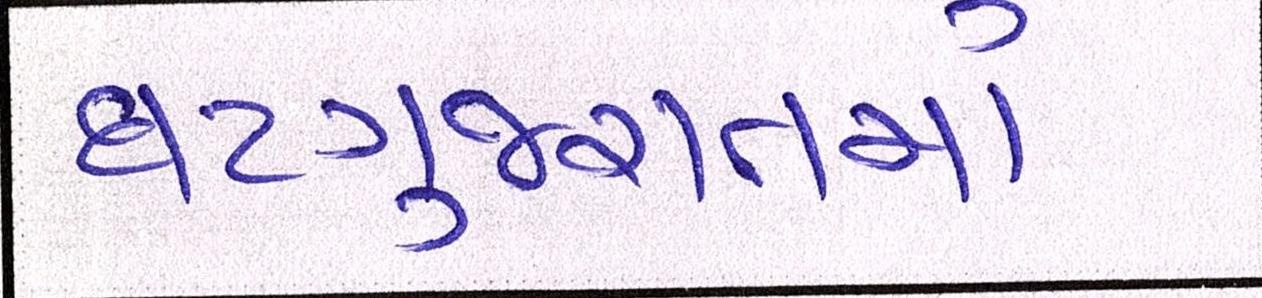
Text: ઘટગુજરાતમાં